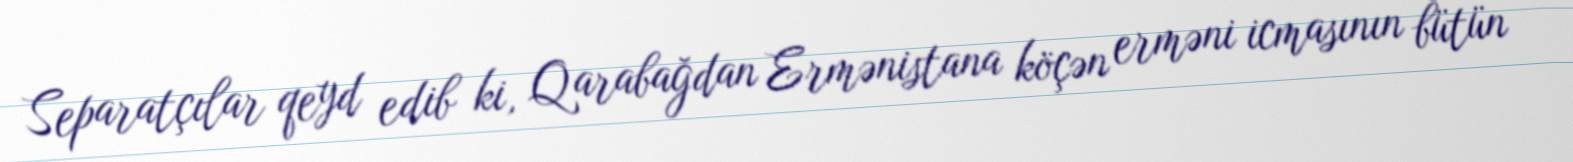
Separatçılar qeyd edib ki, Qarabağdan Ermənistana köçən erməni icmasının bütün